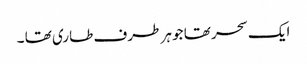
ایک سحر تھا جو ہر طرف طاری تھا ۔